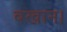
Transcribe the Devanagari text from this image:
बखान।